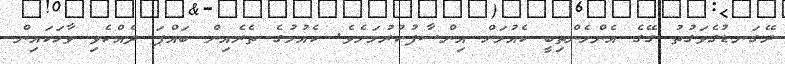
ރޭގަނޑުގެވަގުތު ގޭގެ އެންމެންތިބީ ކެއުމަށް އިންސާފުކުރުމަށެވެ. ކެއުމުގެ ތެރެއިން ބައްޕަ ދެއްކެވި ވާހަކައިން